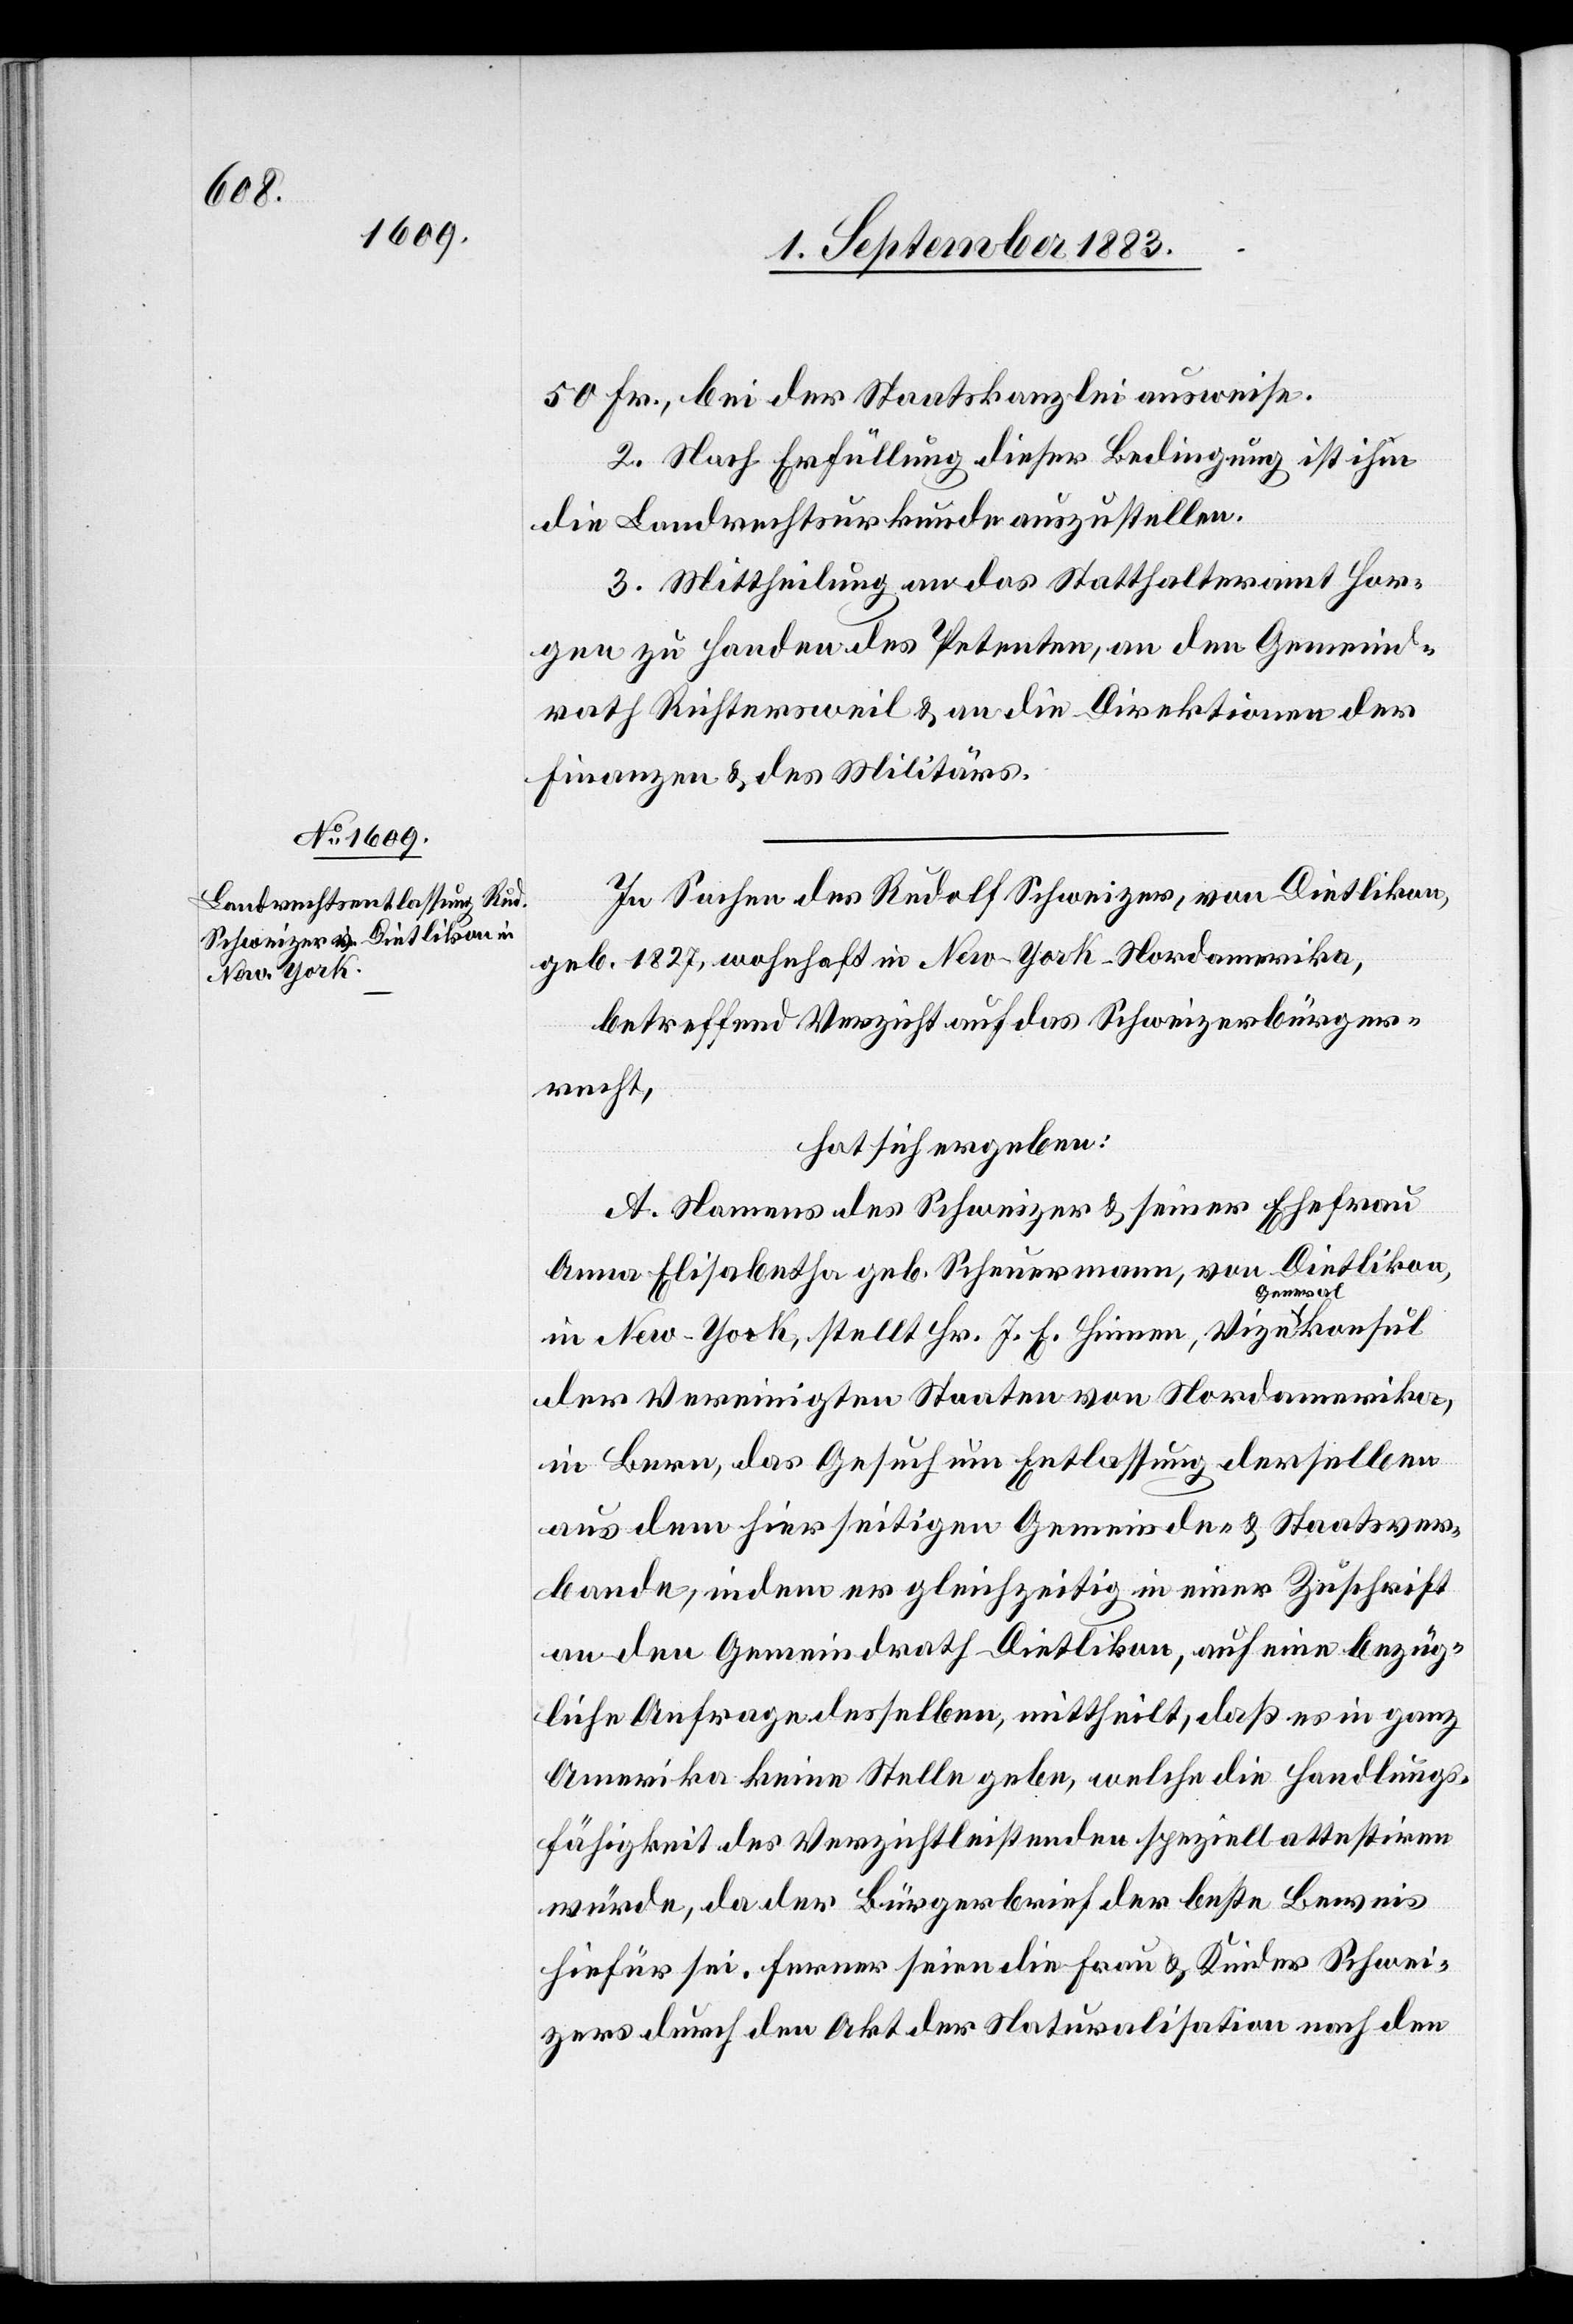
50 Fr., bei der Staatskanzlei ausweise.
2. Nach Erfüllung dieser Bedingung ist ihm
die Landrechtsurkunde auszustellen.
3. Mittheilung an das Statthalteramt Hor¬
gen zu Handen des Petenten, an den Gemeind¬
rath Richtersweil & an die Direktionen der
Finanzen & des Militärs.
In Sachen des Rudolf Schweizer, von Dietlikon,
geb. 1827, wohnhaft in New-York - Nordamerika,
betreffend Verzicht auf das Schweizerbürger¬
recht,
hat sich ergeben:
A. Namens des Schweizer & seiner Ehefrau
Anna Elisabetha geb. Scheuermann, von Dietlikon,
in New-York, stellt Hr. J. E. Hinnen, Vizegeneralkonsul
der Vereinigten Staaten von Nordamerika,
in Bern, das Gesuch um Entlassung derselben
aus dem hierseitigen Gemeinde- & Staatsver¬
bande, indem er gleichzeitig in einer Zuschrift
an den Gemeindrath Dietlikon, auf eine bezüg¬
liche Anfrage desselben, mittheilt, daß es in ganz
Amerika keine Stelle gebe, welche die Handlungs¬
fähigkeit des Verzichtleistenden speziell attestiren
würde, da der Bürgerbrief der beste Beweis
hiefür sei. Ferner seien die Frau & Kinder Schwei¬
zers durch den Akt der Naturalisation nach den